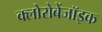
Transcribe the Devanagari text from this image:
क्लोरोबेंजॉइक